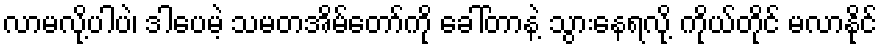
လာမလို့ပါပဲ၊ ဒါပေမဲ့ သမတအိမ်တော်ကို ခေါ်တာနဲ့ သွားနေရလို့ ကိုယ်တိုင် မလာနိုင်